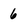
Character: 6